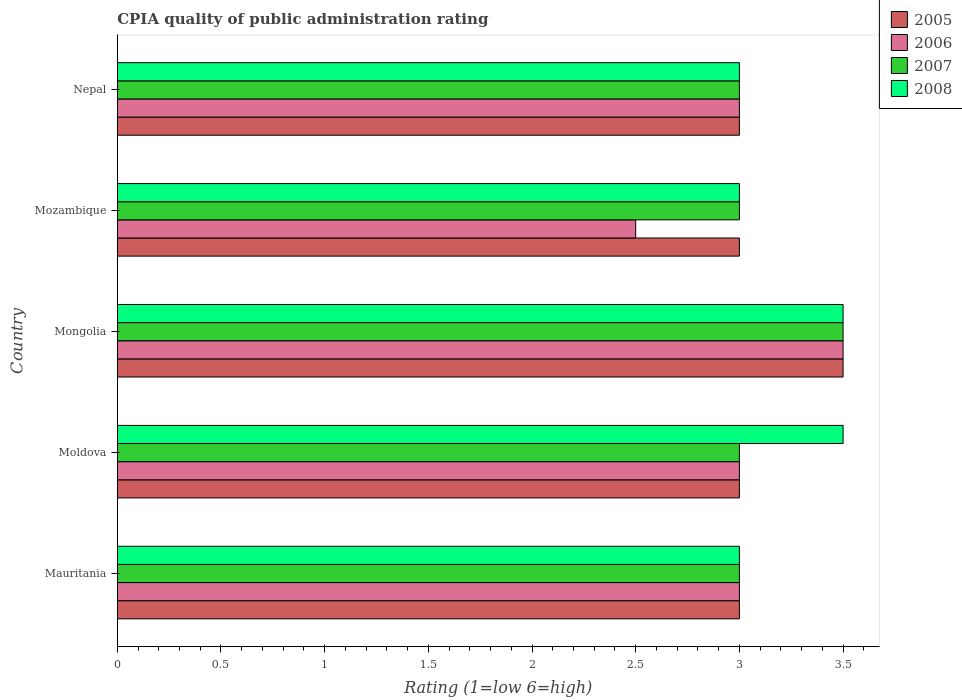
| Country | 2005 | 2006 | 2007 | 2008 |
 | --- | --- | --- | --- | --- |
 | Mauritania | 3 | 3 | 3 | 3 |
 | Moldova | 3 | 3 | 3 | 3.5 |
 | Mongolia | 3.5 | 3.5 | 3.5 | 3.5 |
 | Mozambique | 3 | 2.5 | 3 | 3 |
 | Nepal | 3 | 3 | 3 | 3 |